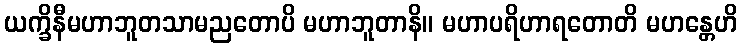
ယက္ခိနီမဟာဘူတသာမညတောပိ မဟာဘူတာနိ။ မဟာပရိဟာရတောတိ မဟန္တေဟိ